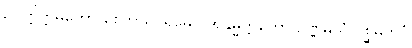
ဥပ္ပတ္တိက္ကမတော စေတိယဂိရိမေဝ အနုမ္မတ္တကော ဥဏ္ဏမယံ ပစ္ဆိမဘဝံ